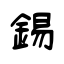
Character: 錫